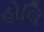
હોલિ